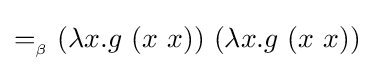
=_{_{\beta }}(\lambda x.g\ (x\ x))\ (\lambda x.g\ (x\ x))\